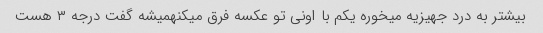
بیشتر به درد جهیزیه میخوره یکم با اونی تو عکسه فرق میکنهمیشه گفت درجه ۳ هست